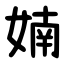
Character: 婻